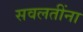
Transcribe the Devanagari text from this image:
सवलतींना